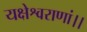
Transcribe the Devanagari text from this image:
यक्षेश्वराणां।।